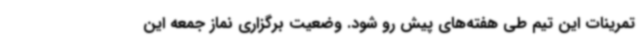
تمرینات این تیم طی هفته‌های پیش رو شود. وضعیت برگزاری نماز جمعه این